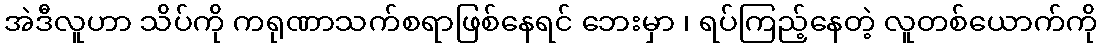
အဲဒီလူဟာ သိပ်ကို ကရုဏာသက်စရာဖြစ်နေရင် ဘေးမှာ ၊ ရပ်ကြည့်နေတဲ့ လူတစ်ယောက်ကို